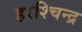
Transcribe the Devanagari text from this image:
हरश्चिन्द्र